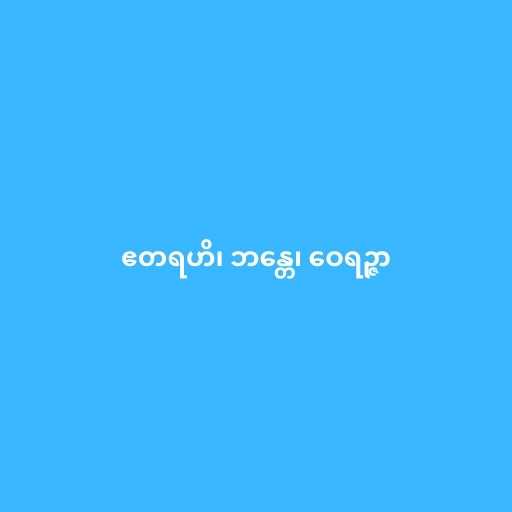
ဧတရဟိ၊ ဘန္တေ၊ ဝေရဉ္ဇာ